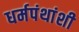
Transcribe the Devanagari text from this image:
धर्मपंथांशी